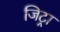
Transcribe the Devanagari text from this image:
जिट्रा